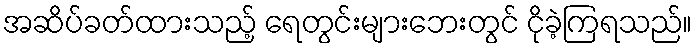
အဆိပ်ခတ်ထားသည့် ရေတွင်းများဘေးတွင် ငိုခဲ့ကြရသည်။